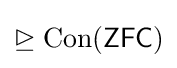
\trianglerighteq {\text{Con}}({\textsf {ZFC}})